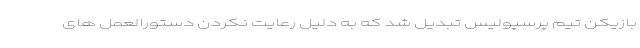
بازیکن تیم پرسپولیس تبدیل شد که به دلیل رعایت نکردن دستورالعمل های